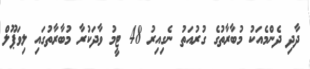
ދާދި ދެންމެއަކު މުބާރާތުގެ ގުރުއަތު ނެގިއިރު 48 ޓީމު ވާދަކުރާ މުބާރާތުގައި ލިވަޕޫލް